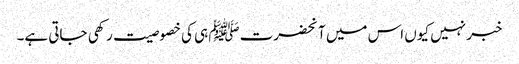
خبر نہیں کیوں اس میں آنحضرتﷺ ہی کی خصوصیت رکھی جاتی ہے۔